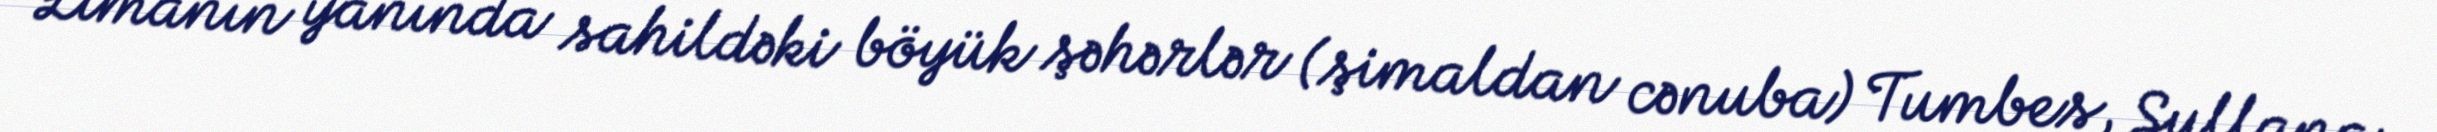
Limanın yanında sahildəki böyük şəhərlər (şimaldan cənuba) Tumbes, Sullana,